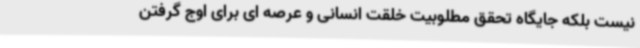
نیست بلکه جایگاه تحقق مطلوبیت خلقت انسانی و عرصه ای برای اوج گرفتن